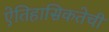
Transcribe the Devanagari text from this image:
ऐतिहासिकतेची